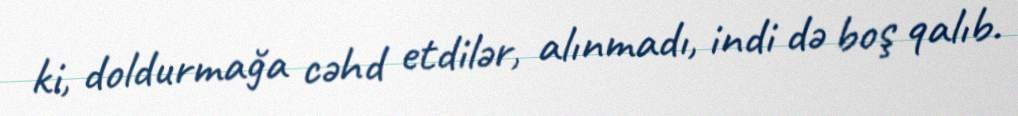
ki, doldurmağa cəhd etdilər, alınmadı, indi də boş qalıb.